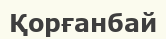
Қорғанбай